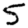
Digit: 5